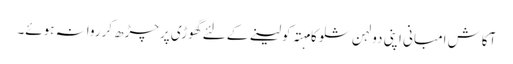
آکاش امبانی اپنی دولہن شلوکا مہتہ کولینے کے لئے گھوڑی پرچڑھ کرروانہ ہوئے۔